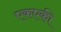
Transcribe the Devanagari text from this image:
एकएकी